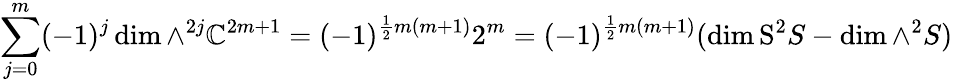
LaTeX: \sum_{j=0}^{m}(-1)^{j}\dim\wedge^{2j}\mathbb{C}^{2m+1}=(-1)^{{\frac{1}{2}}m(m+1)}2^{m}=(-1)^{{\frac{1}{2}}m(m+1)}(\dim\mathrm{S}^{2}S-\dim\wedge^{2}S)